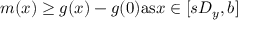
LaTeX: m ( x ) \geq g ( x ) - g ( 0 ) { \mathrm { a s } } x \in [ s D _ { y } , b ]